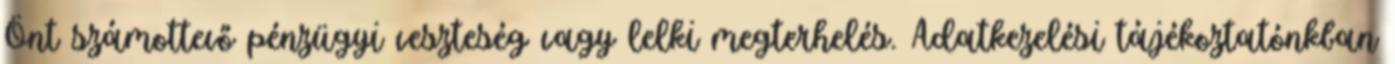
Önt számottevő pénzügyi veszteség vagy lelki megterhelés. Adatkezelési tájékoztatónkban